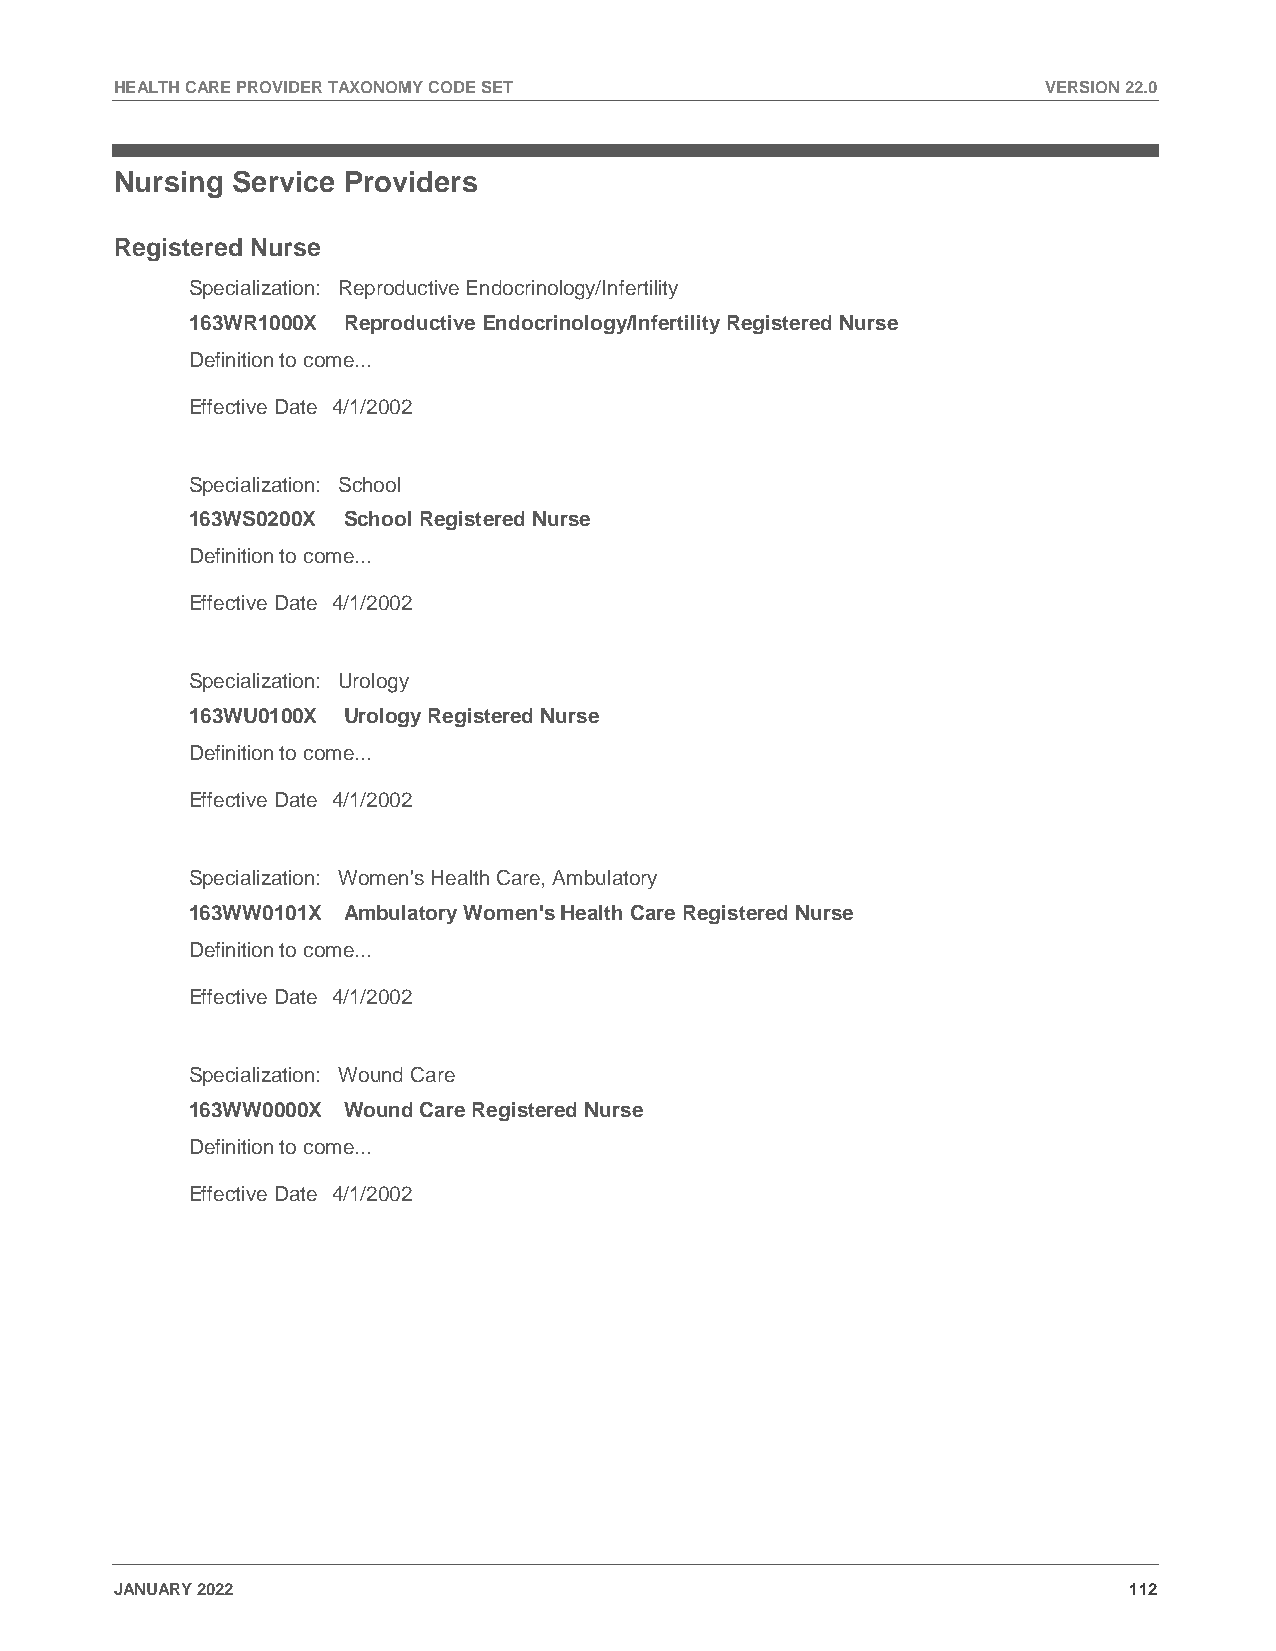
HEALTH CARE PROVIDER TAXONOMY CODE SET                       VERSION 22.0
 Nursing Service Providers
 Registered Nurse
 Specialization: Reproductive Endocrinology/Infertility
 163WR1000X Reproductive Endocrinology/Infertility Registered Nurse
 Definition to come...
 Effective Date 4/1/2002
 Specialization: School
 163WS0200X School Registered Nurse
 Definition to come...
 Effective Date 4/1/2002
 Specialization: Urology
 163WU0100X Urology Registered Nurse
 Definition to come...
 Effective Date 4/1/2002
 Specialization: Women's Health Care, Ambulatory
 163WW0101X Ambulatory Women's Health Care Registered Nurse
 Definition to come...
 Effective Date 4/1/2002
 Specialization: Wound Care
 163WW0000X Wound Care Registered Nurse
 Definition to come...
 Effective Date 4/1/2002
 JANUARY 2022                                                       112